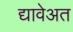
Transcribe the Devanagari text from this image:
द्यावेअत